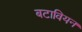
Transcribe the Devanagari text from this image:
बटावियन